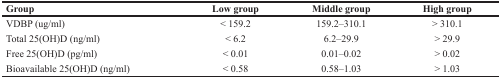
<table><thead><tr><td><b>Group</b></td><td><b>Low group</b></td><td><b>Middle group</b></td><td><b>High group</b></td></tr></thead><tbody><tr><td>VDBP (ug/ml)</td><td>&lt; 159.2</td><td>159.2–310.1</td><td>&gt; 310.1</td></tr><tr><td>Total 25(OH)D (ng/ml)</td><td>&lt; 6.2</td><td>6.2–29.9</td><td>&gt; 29.9</td></tr><tr><td>Free 25(OH)D (pg/ml)</td><td>&lt; 0.01</td><td>0.01–0.02</td><td>&gt; 0.02</td></tr><tr><td>Bioavailable 25(OH)D (ng/ml)</td><td>&lt; 0.58</td><td>0.58–1.03</td><td>&gt; 1.03</td></tr></tbody></table>